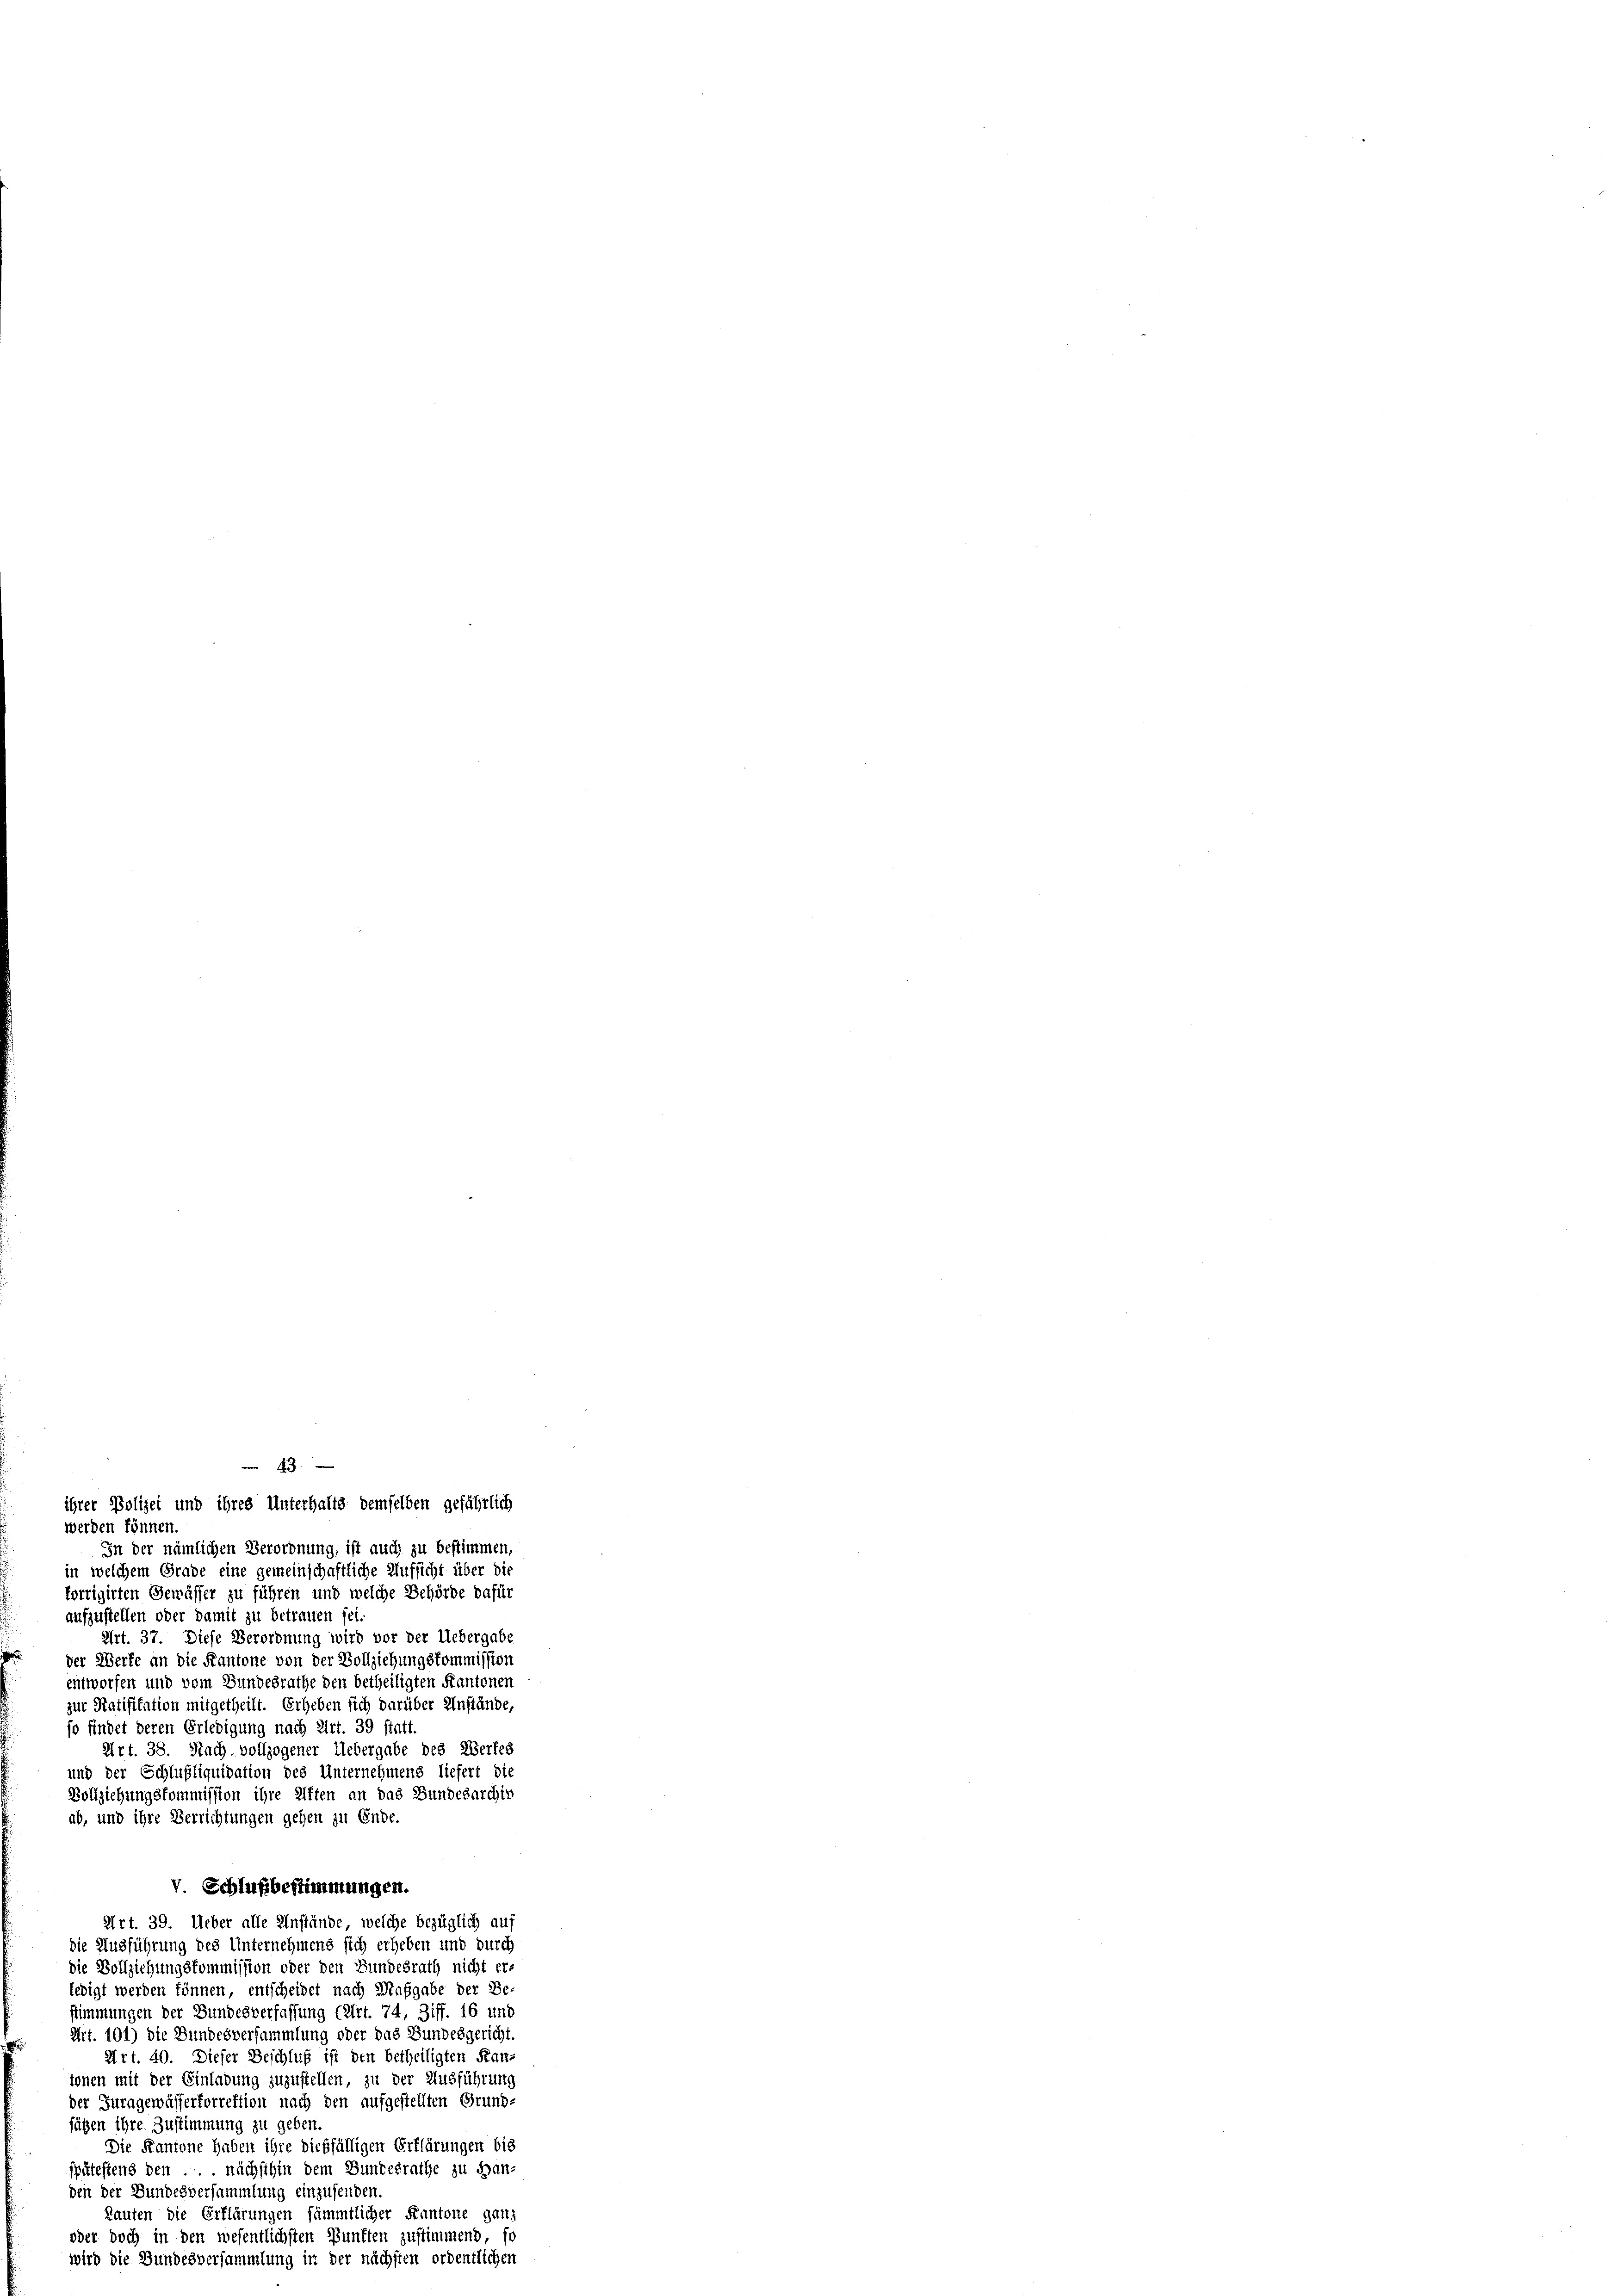
4
ihrer Polizei und ihres Unterhalts demselben gefährlich
werden können
In der nämlichen Verordnung, ist auch zu bestimmen,
in welchem Grade eine gemeinschaftliche Aufsicht über die
korrigirten Gewässer zu führen und welche Behörde dafür
aufzustellen oder damit zu betrauen sei
Art. 37. Diese Verordnung wird vor der Uebergabe
der Werte an die Kantone von der Vollziehungskommission
entworfen und vom Bundesrathe den betheiligten Kantonen
zur Ratifikation mitgetheilt. Erheben sich darüber Anstände,
so findet deren Erledigung nach Art. 39 statt
Art. 38. Nach vollzogener Uebergabe des Werfes
und der Schlußliquidation des Unternehmens liefert die
Vollziehungskommission ihre Aften an das Bundesarchiv
ab, und ihre Verrichtungen gehen zu Ende.
V. Schlußbestimmungen.
Art. 39. Ueber alle Anstände, welche bezüglich auf
die Ausführung des Unternehmend sich erheben und durch
die Vollziehungskommission oder den Bundesrath nicht er-
ledigt werden können, entscheidet nach Maßgabe der Be-
stimmungen der Bundesverfassung (Art. 74, Ziff. 16 und
Art. 101) die Bundesversammlung oder das Bundesgericht
Art. 40. Dieser Beschluß ist den betheiligten Kan-
tonen mit der Einladung zuzustellen, zu der Ausführung
der Juragewässerforrektion nach den aufgestellten Grund-
fügen ihre Zustimmung zu geben
Die Kantone haben ihre dießfälligen Erklärungen bis
spätestens den . . nächsthin dem Bundesrathe zu Han-
den der Bundesversammlung einzusenden.
Rauten die Erklärungen sämmtlicher Kantone ganz
oder doch in den wesentlichsten Bunften zustimmend, so
wird die Bundesversammlung in der nächsten ordentlichen